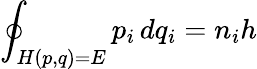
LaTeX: \oint_{H(p,q)=E}p_{i}\, dq_{i}=n_{i}h